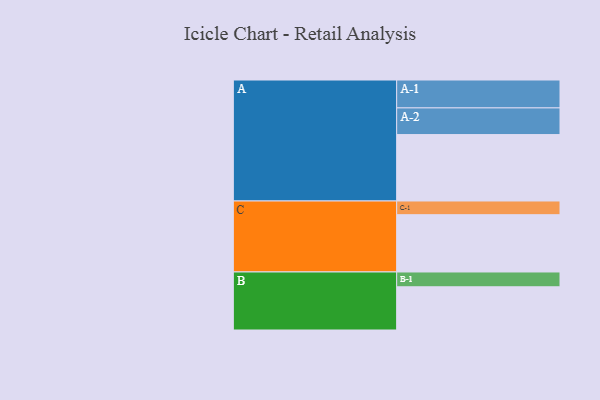
{"axis": {"x": "Segment", "y": "Value"}, "legend": ["", "A", "B", "C"], "data": [{"x": "A", "y": 538, "type": ""}, {"x": "B", "y": 350, "type": ""}, {"x": "C", "y": 464, "type": ""}, {"x": "A-1", "y": 226, "type": "A"}, {"x": "A-2", "y": 216, "type": "A"}, {"x": "B-1", "y": 120, "type": "B"}, {"x": "C-1", "y": 111, "type": "C"}]}